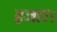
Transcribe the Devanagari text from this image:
हजार।